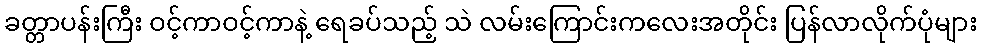
ခတ္တာပန်းကြီး ဝင့်ကာဝင့်ကာနဲ့ ရေခပ်သည့် သဲ လမ်းကြောင်းကလေးအတိုင်း ပြန်လာလိုက်ပုံများ